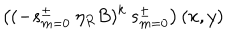
\left( ( - s _ { m = 0 } ^ { \pm } \: \eta _ { R } B ) ^ { k } \: s _ { m = 0 } ^ { \pm } \right) ( x , y )